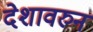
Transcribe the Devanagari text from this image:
देशावरुन